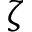
\zeta